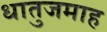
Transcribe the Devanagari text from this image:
धातुजमाह